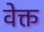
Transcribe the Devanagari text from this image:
वेक्त